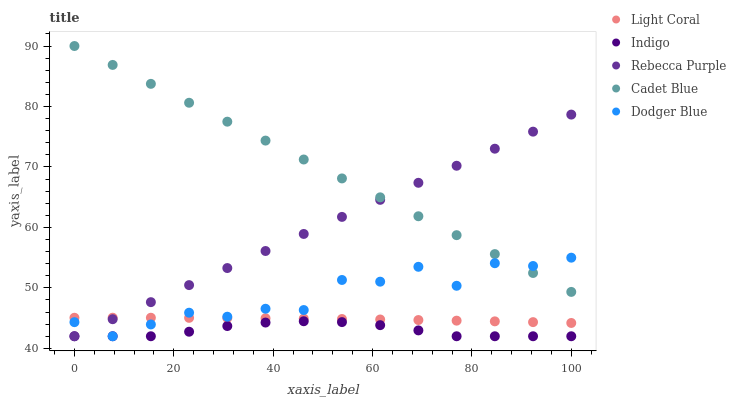
| xaxis_label | Light Coral | Indigo | Rebecca Purple | Cadet Blue | Dodger Blue |
 | --- | --- | --- | --- | --- | --- |
 | 0 | 45.1 | 42 | 42 | 90 | 44.3 |
 | 7.69 | 45.1 | 42 | 44.8 | 86.9 | 42 |
 | 15.4 | 45.1 | 42 | 47.6 | 83.7 | 44 |
 | 23.1 | 45 | 42.7 | 50.5 | 80.6 | 45.9 |
 | 30.8 | 45 | 43.7 | 53.3 | 77.5 | 45.2 |
 | 38.5 | 45 | 44.3 | 56.1 | 74.4 | 46.5 |
 | 46.2 | 44.9 | 44.5 | 58.9 | 71.2 | 46.3 |
 | 53.8 | 44.9 | 44.3 | 61.7 | 68.1 | 51.3 |
 | 61.5 | 44.8 | 43.8 | 64.6 | 65 | 51 |
 | 69.2 | 44.7 | 43 | 67.4 | 61.8 | 53.5 |
 | 76.9 | 44.6 | 42 | 70.2 | 58.7 | 50.3 |
 | 84.6 | 44.5 | 42 | 73 | 55.6 | 54.1 |
 | 92.3 | 44.3 | 42 | 75.8 | 52.5 | 53.6 |
 | 100 | 44.2 | 42 | 78.7 | 49.3 | 55 |